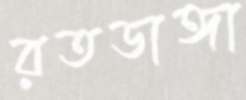
রতডাঙ্গা